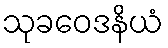
သုခဝေဒနိယံ